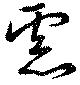
慮